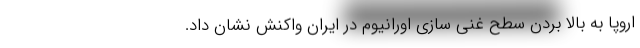
اروپا به بالا بردن سطح غنی سازی اورانیوم در ایران واکنش نشان داد.